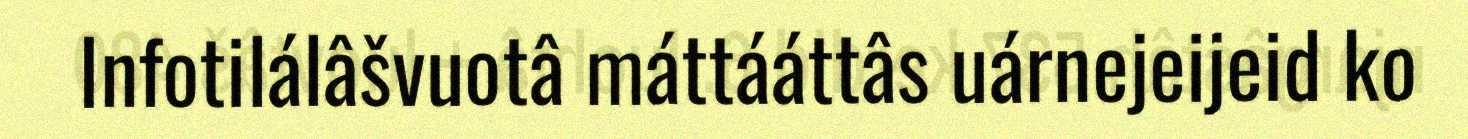
Infotilálâšvuotâ máttááttâs uárnejeijeid ko